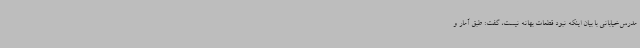
مدرس‌خیابانی با بیان اینکه نبود قطعات بهانه نیست، گفت: طبق آمار و